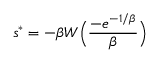
{ s ^ { * } } = - \beta W \Bigl ( \frac { - e ^ { - 1 / \beta } } { \beta } \Bigr )